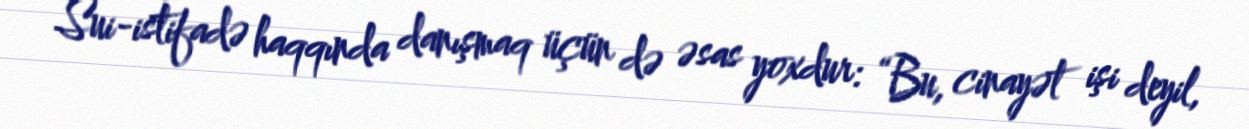
Sui-istifadə haqqında danışmaq üçün də əsas yoxdur: “Bu, cinayət işi deyil,